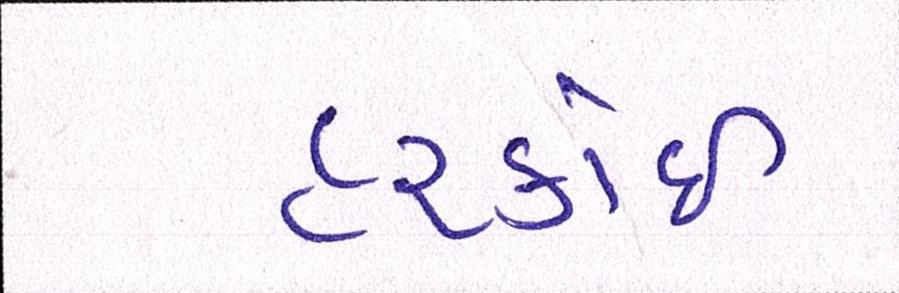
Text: હરકોઈ